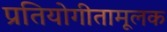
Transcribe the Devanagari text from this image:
प्रतियोगीतामूलक